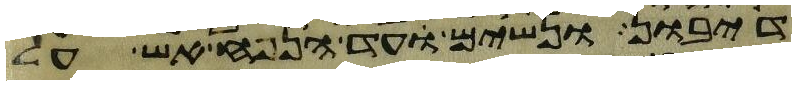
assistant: דיבון ונשים עד הנפח אש על